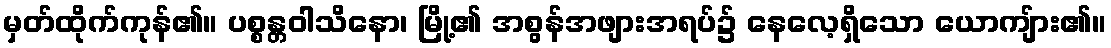
မှတ်ထိုက်ကုန်၏။ ပစ္စန္တဝါသိနော၊ မြို့၏ အစွန်အဖျားအရပ်၌ နေလေ့ရှိသော ယောကျ်ား၏။